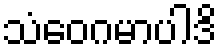
သံဝေဂမာပါဒိ